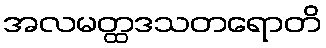
အလမတ္ထဒသတရောတိ